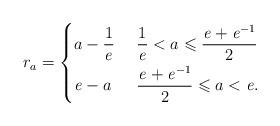
LaTeX: \begin{align*}r_a &=\begin{dcases}a-\frac{1}{\mathit{e}} &\ \frac{1}{\mathit{e}}< a \leqslant \frac{\mathit{e}+\mathit{e}^{-1}}{2}\\\mathit{e}-a &\ \frac{\mathit{e}+\mathit{e}^{-1}}{2} \leqslant a <\mathit{e}.\end{dcases}\end{align*}